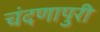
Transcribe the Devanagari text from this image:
चंदणापुरी